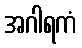
အဂါရကံ